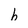
Character: b